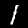
Digit: 1